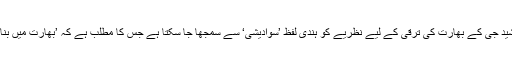
جمشید جی کے بھارت کی ترقی کے لیے نظریے کو ہندی لفظ ’سوادیشی‘ سے سمجھا جا سکتا ہے جس کا مطلب ہے کہ ’بھارت میں بنا ہوا۔